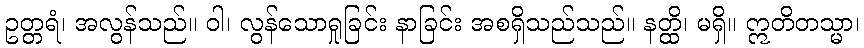
ဥတ္တရံ၊ အလွန်သည်။ ဝါ၊ လွန်သောရှုခြင်း နာခြင်း အစရှိသည်သည်။ နတ္ထိ၊ မရှိ။ ဣတိတသ္မာ၊